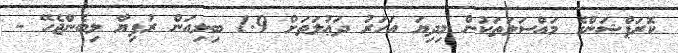
ކޮރަޕްޝަންގެ މައްސަލަތަކުން މިދިޔަ އަހަރު ދަޢުލަތަށް 1.9 ބިލިއަން ރުފިޔާ ލިބެންޖެހޭ -